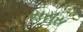
સસસ